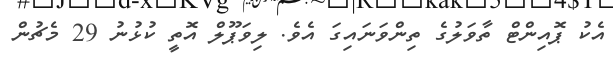
އެކު ޕޮއިންޓް ތާވަލުގެ ތިންވަނައިގަ އެވެ. ލިވަޕޫލް އޮތީ ކުޅުނު 29 މެޗުން